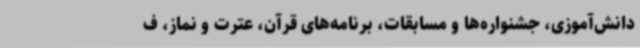
دانش‌آموزی، جشنواره‌ها و مسابقات، برنامه‌های قرآن، عترت و نماز، ف